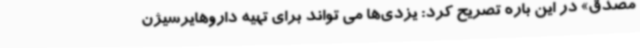
مصدق» در این باره تصریح کرد: یزدی‌ها می تواند برای تهیه داروهایرسیژن